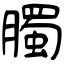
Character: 臅